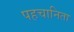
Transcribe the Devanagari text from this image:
पहचानिता